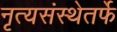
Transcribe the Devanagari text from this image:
नृत्यसंस्थेतर्फे